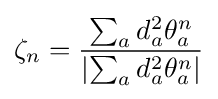
\zeta _{n}={\frac {\sum _{a}d_{a}^{2}\theta _{a}^{n}}{|{\sum _{a}d_{a}^{2}\theta _{a}^{n}}|}}